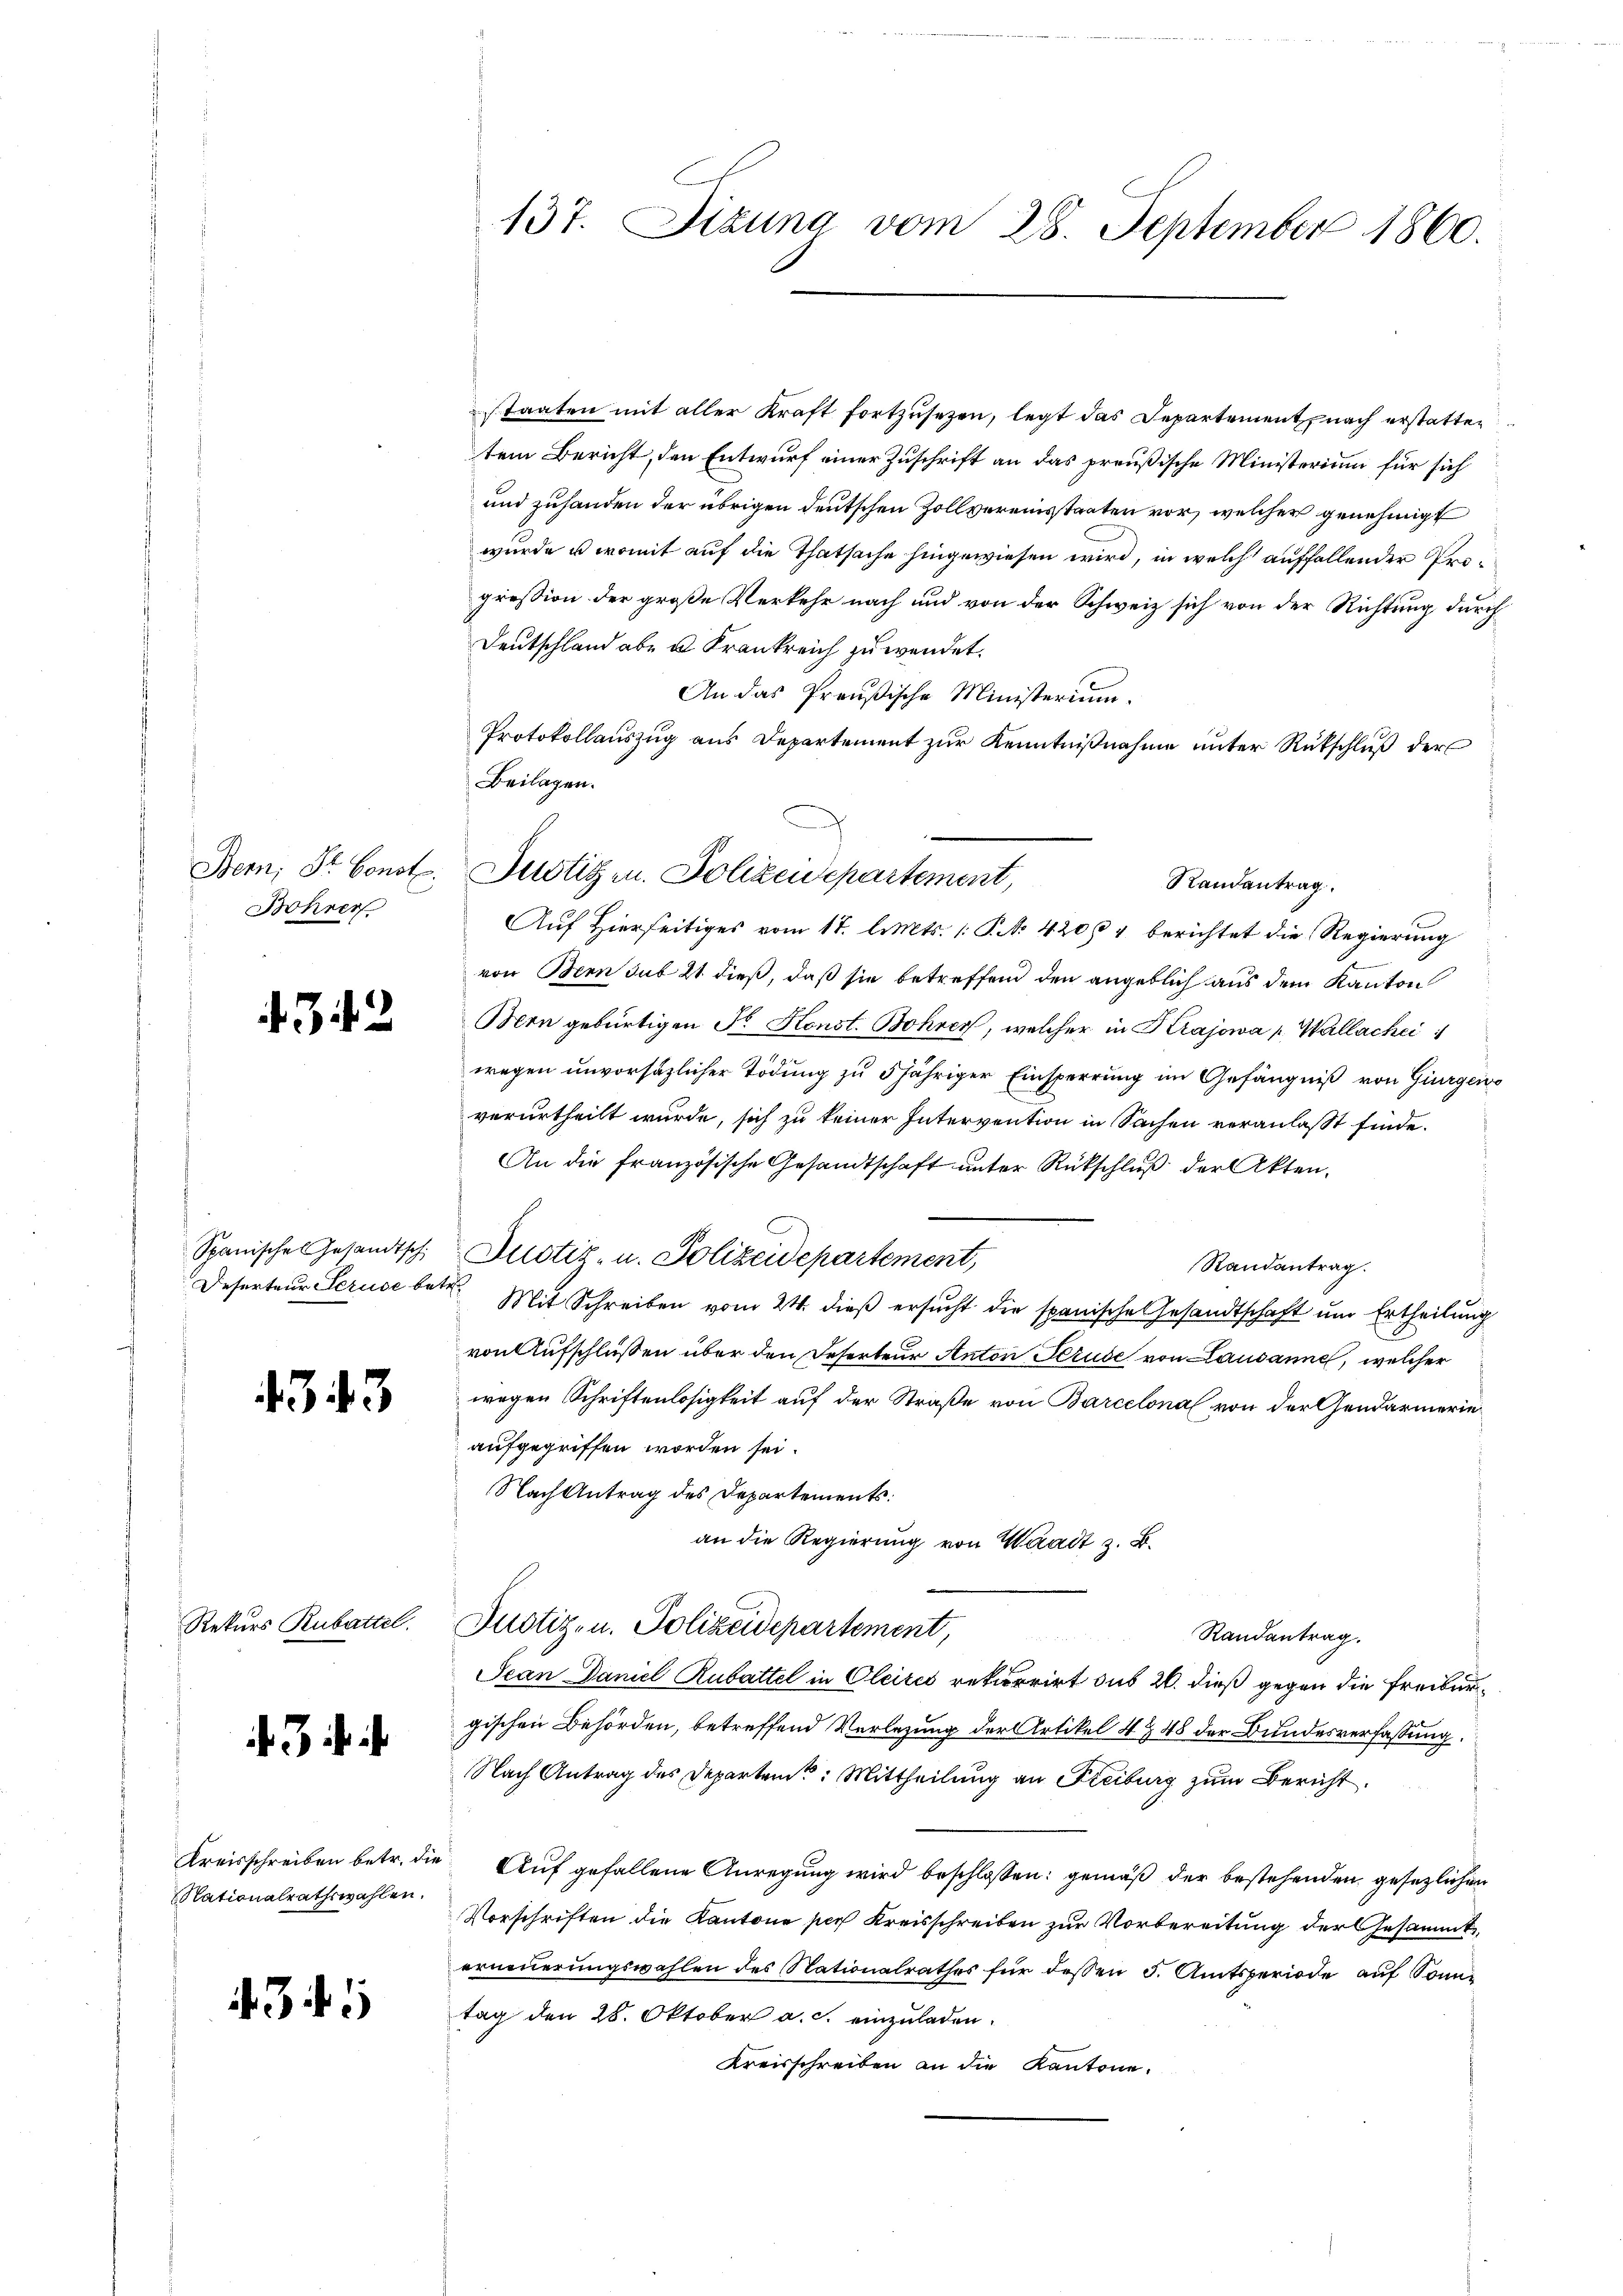
Bern, Sr. Const.
Bohrer

342

Spanisches Gesandtsch

4343

Rekurs Rubattel.

3

Kreisschreiben betr. die
Nationalrathswahlen.

434. 5

137. Jizuna vom 28. September 1860.

sstaaten mit aller Kraft fortzusetzen, legt das Departement nach erstatten
tem Bericht, den Entwurf einer Zuschrift an das preußische Ministerium für sich
und zuhanden der übrigen deutschen Zollvereinsstaaten vor, welcher genehmigt
wurde u. womit auf die Thatsache hingewiesen wird, in welch auffallender Progression der große Verkehr nach und von der Schweiz sich von der Richtung durch
Deutschland abe u. Krankreich zu wendet.
An das Preußische Ministerium.
Protokollauszug aus Departement zur Kenntnißnahme unter Rückschluß der
Auf Hierseitiges vom 17. l. Mts. P. Nr. 4204 berichtet die Regierung
von Bern sub 21 dieß, daß sie betreffend den angeblich aus dem Kanton
Mon gebürtigen Fr. Konst. Bohrer, welcher in Krajowa Wallachei
wegen unvorsätzlicher Tödung zu 5 jähriger Einsperrung im Gefängniß von Giurgeno
verurtheilt wurde, sich zu keiner Intervention in Sachen veranlaßt finde.
An die französische Gesandtschaft unter Rückschluß der Akten.
Justiz- u. Polizeidepartement,
Randantrag.
Deserteur Seruse betr. Mit Schreiben vom 24. dieß ersucht die spanische Gesandtschaft um Ertheilung
von Aufschlüßen über den Referteur Anton Strude von Lausanne, welcher
wegen Schriftenlosigkeit auf der Straße von Barcelona von der Gendarmerieaufgegriffen worden sei.
Nach Antrag des Departements
an die Regierung von Waadt z. B.
Justiz- u. Polizeidepartement,
Randantrag.
Scan Daniel Rubattel in Oleites rekurrirt sub 20. dieß gegen die Freiburgischen Behörden, betreffend Verlegung der Artikel 4 & 48 der Bundesverfassung.
Nach Antrag des Departen: Mittheilung an Freiburg zum Bericht
 Auf gefallene Anregung wird beschlossen: gemäß der bestehenden gesezlichen
Vorschriften die Kantone sich Kreisschreiben zur Vorbereitung der Gesammt
erneuerungswahlen des Nationalrathes für dessen 5. Amtsperiode aŭf Sonntag den 28. Oktober a. c. einzuladen.
Kreisschreiben an die Kantone.

Beilagen.
Justigen. Polizendepartement,
Randantrag.